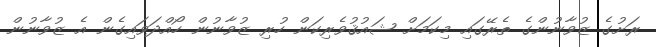
ރަށުގެ ޒުވާނުންގެ ތެރޭގައި މިކަމަށް ޝައުޤުވެރިކަން ހުރި ޒުވާނުން ހޯއްދަވައިގެން އެ ޒުވާނުން